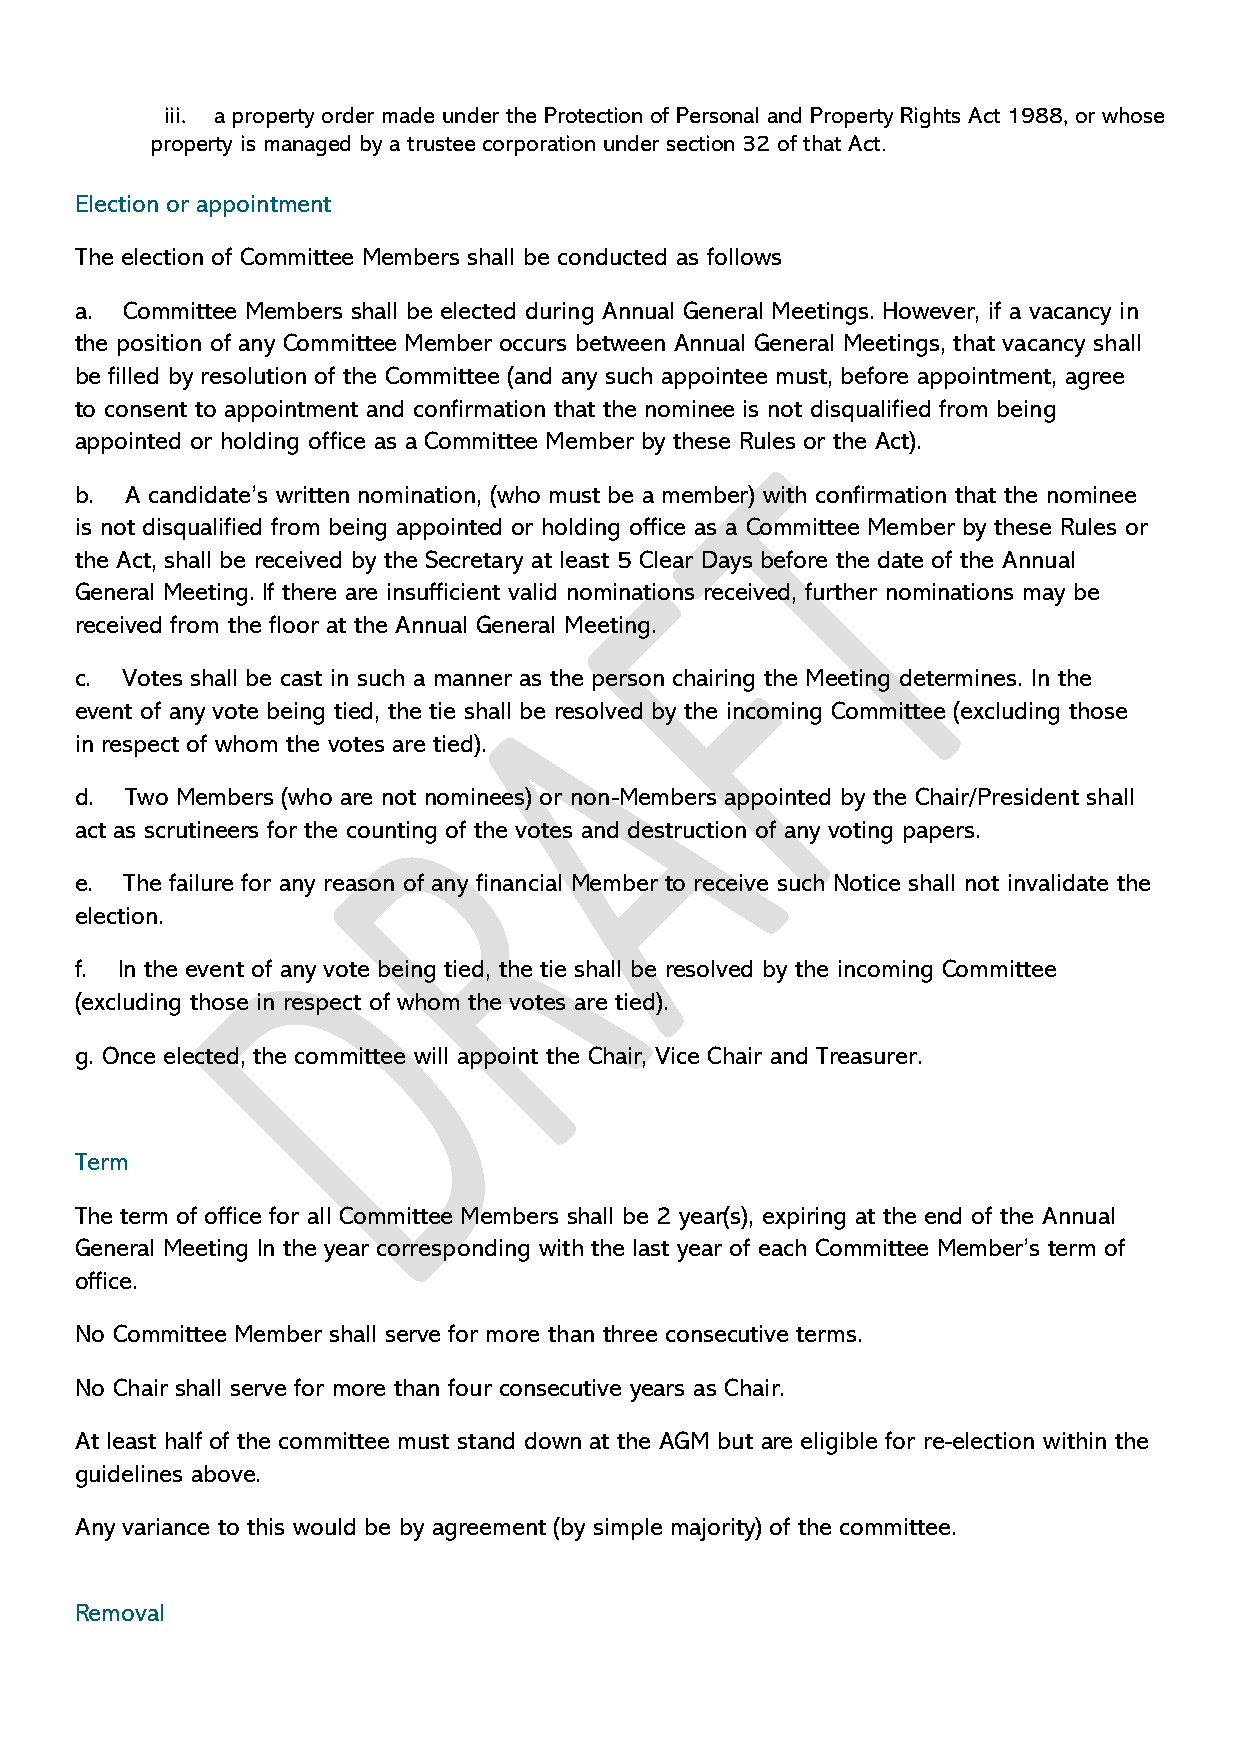
iii. a property order made under the Protection of Personal and Property Rights Act 1988, or whose
 property is managed by a trustee corporation under section 32 of that Act.
 Election or appointment
 The election of Committee Members shall be conducted as follows
 a. Committee Members shall be elected during Annual General Meetings. However, if a vacancy in
 the position of any Committee Member occurs between Annual General Meetings, that vacancy shall
 be filled by resolution of the Committee (and any such appointee must, before appointment, agree
 to consent to appointment and confirmation that the nominee is not disqualified from being
 appointed or holding office as a Committee Member by these Rules or the Act).
 b. A candidate’s written nomination, (who must be a member) with confirmation that the nominee
 is not disqualified from being appointed or holding office as a Committee Member by these Rules or
 the Act, shall be received by the Secretary at least 5 Clear Days before the date of the Annual
 General Meeting. If there are insufficient valid nominations received, further nominations may be
 received from the floor at the Annual General Meeting.
 c. Votes shall be cast in such a manner as the person chairing the Meeting determines. In the
 event of any vote being tied, the tie shall be resolved by the incoming Committee (excluding those
 in respect of whom the votes are tied).
 d. Two Members (who are not nominees) or non-Members appointed by the Chair/President shall
 act as scrutineers for the counting of the votes and destruction of any voting papers.
 e. The failure for any reason of any financial Member to receive such Notice shall not invalidate the
 election.
 f. In the event of any vote being tied, the tie shall be resolved by the incoming Committee
 (excluding those in respect of whom the votes are tied).
 g. Once elected, the committee will appoint the Chair, Vice Chair and Treasurer.
 Term
 The term of office for all Committee Members shall be 2 year(s), expiring at the end of the Annual
 General Meeting In the year corresponding with the last year of each Committee Member’s term of
 office.
 No Committee Member shall serve for more than three consecutive terms.
 No Chair shall serve for more than four consecutive years as Chair.
 At least half of the committee must stand down at the AGM but are eligible for re-election within the
 guidelines above.
 Any variance to this would be by agreement (by simple majority) of the committee.
 Removal